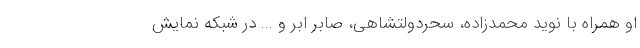
او همراه با نوید محمدزاده، سحردولتشاهی، صابر ابر و ... در شبکه نمایش